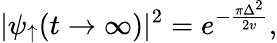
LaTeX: |\psi_{\uparrow}(t\rightarrow\infty)|^{2}=e^{-\frac{\pi\Delta^{2}}{2v}},